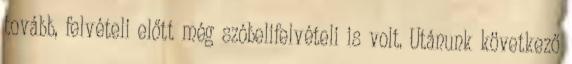
tovább, felvételi előtt még szóbelifelvételi is volt. Utánunk következő